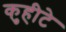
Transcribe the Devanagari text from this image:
कुहीटे